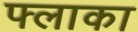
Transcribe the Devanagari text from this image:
फ्लाका